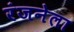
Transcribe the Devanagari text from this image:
रंजनेला